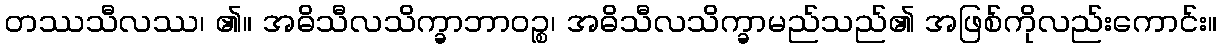
တဿသီလဿ၊ ၏။ အဓိသီလသိက္ခာဘာဝဉ္စ၊ အဓိသီလသိက္ခာမည်သည်၏ အဖြစ်ကိုလည်းကောင်း။